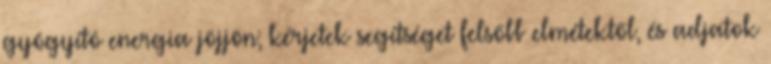
gyógyító energia jöjjön; kérjetek segítséget felsőbb elmétektől, és adjatok